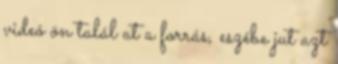
videó ön talál at a forrás, eszébe jut azt